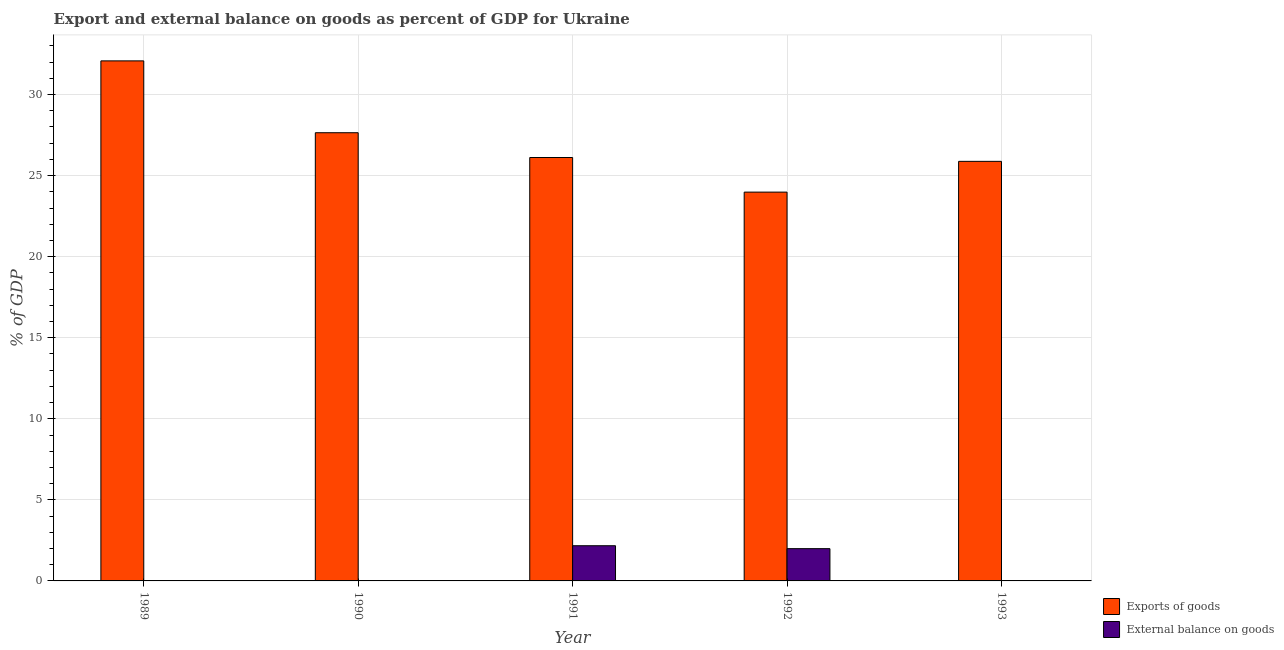
| Year | Exports of goods | External balance on goods |
 | --- | --- | --- |
 | 1989 | 32.1 | -0.0652 |
 | 1990 | 27.6 | -1.08 |
 | 1991 | 26.1 | 2.17 |
 | 1992 | 24 | 1.99 |
 | 1993 | 25.9 | -0.313 |